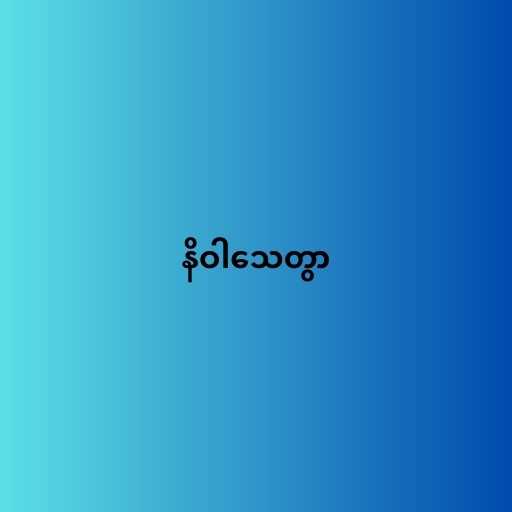
နိဝါသေတွာ